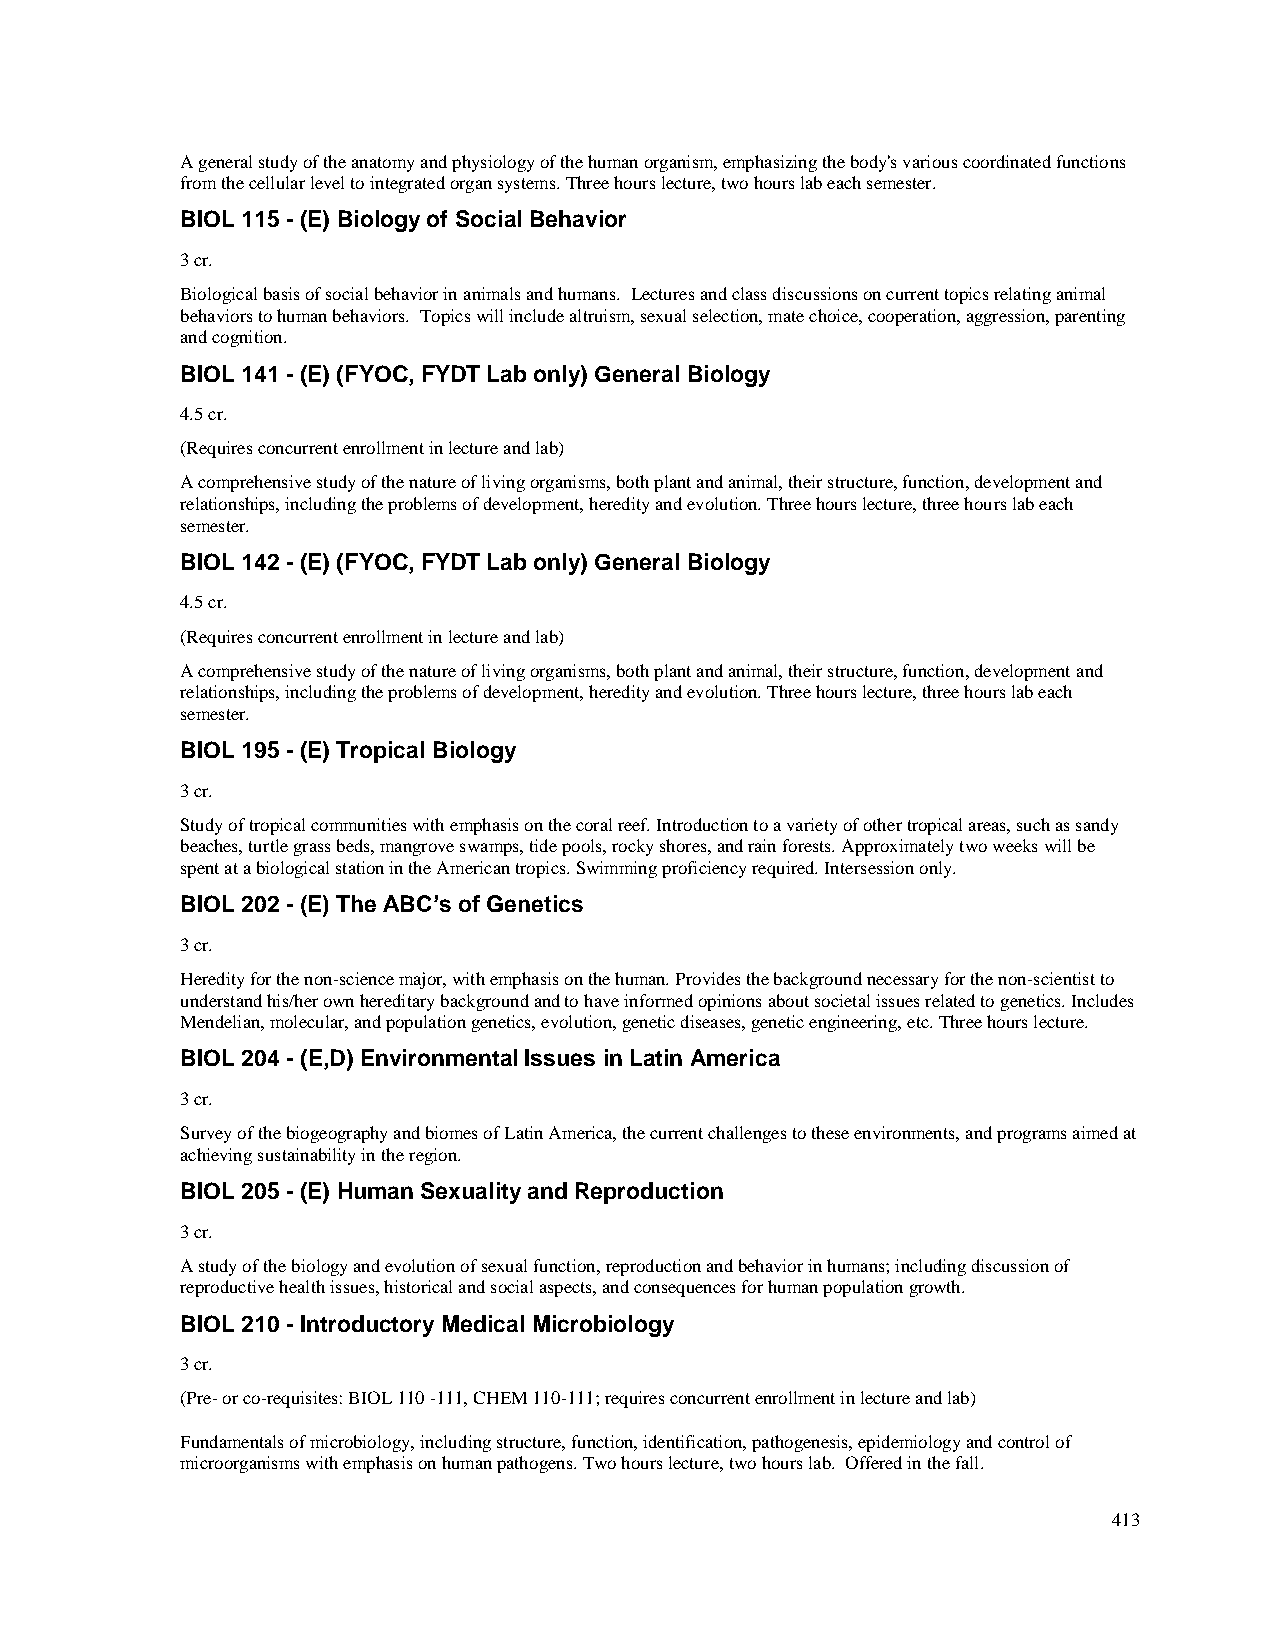
A general study of the anatomy and physiology of the human organism, emphasizing the body's various coordinated functions
 from the cellular level to integrated organ systems. Three hours lecture, two hours lab each semester.
 BIOL 115 - (E) Biology of Social Behavior
 3 cr.
 Biological basis of social behavior in animals and humans. Lectures and class discussions on current topics relating animal
 behaviors to human behaviors. Topics will include altruism, sexual selection, mate choice, cooperation, aggression, parenting
 and cognition.
 BIOL 141 - (E) (FYOC, FYDT Lab only) General Biology
 4.5 cr.
 (Requires concurrent enrollment in lecture and lab)
 A comprehensive study of the nature of living organisms, both plant and animal, their structure, function, development and
 relationships, including the problems of development, heredity and evolution. Three hours lecture, three hours lab each
 semester.
 BIOL 142 - (E) (FYOC, FYDT Lab only) General Biology
 4.5 cr.
 (Requires concurrent enrollment in lecture and lab)
 A comprehensive study of the nature of living organisms, both plant and animal, their structure, function, development and
 relationships, including the problems of development, heredity and evolution. Three hours lecture, three hours lab each
 semester.
 BIOL 195 - (E) Tropical Biology
 3 cr.
 Study of tropical communities with emphasis on the coral reef. Introduction to a variety of other tropical areas, such as sandy
 beaches, turtle grass beds, mangrove swamps, tide pools, rocky shores, and rain forests. Approximately two weeks will be
 spent at a biological station in the American tropics. Swimming proficiency required. Intersession only.
 BIOL 202 - (E) The ABC’s of Genetics
 3 cr.
 Heredity for the non-science major, with emphasis on the human. Provides the background necessary for the non-scientist to
 understand his/her own hereditary background and to have informed opinions about societal issues related to genetics. Includes
 Mendelian, molecular, and population genetics, evolution, genetic diseases, genetic engineering, etc. Three hours lecture.
 BIOL 204 - (E,D) Environmental Issues in Latin America
 3 cr.
 Survey of the biogeography and biomes of Latin America, the current challenges to these environments, and programs aimed at
 achieving sustainability in the region.
 BIOL 205 - (E) Human Sexuality and Reproduction
 3 cr.
 A study of the biology and evolution of sexual function, reproduction and behavior in humans; including discussion of
 reproductive health issues, historical and social aspects, and consequences for human population growth.
 BIOL 210 - Introductory Medical Microbiology
 3 cr.
 (Pre- or co-requisites: BIOL 110 -111, CHEM 110-111; requires concurrent enrollment in lecture and lab)
 Fundamentals of microbiology, including structure, function, identification, pathogenesis, epidemiology and control of
 microorganisms with emphasis on human pathogens. Two hours lecture, two hours lab. Offered in the fall.
 413